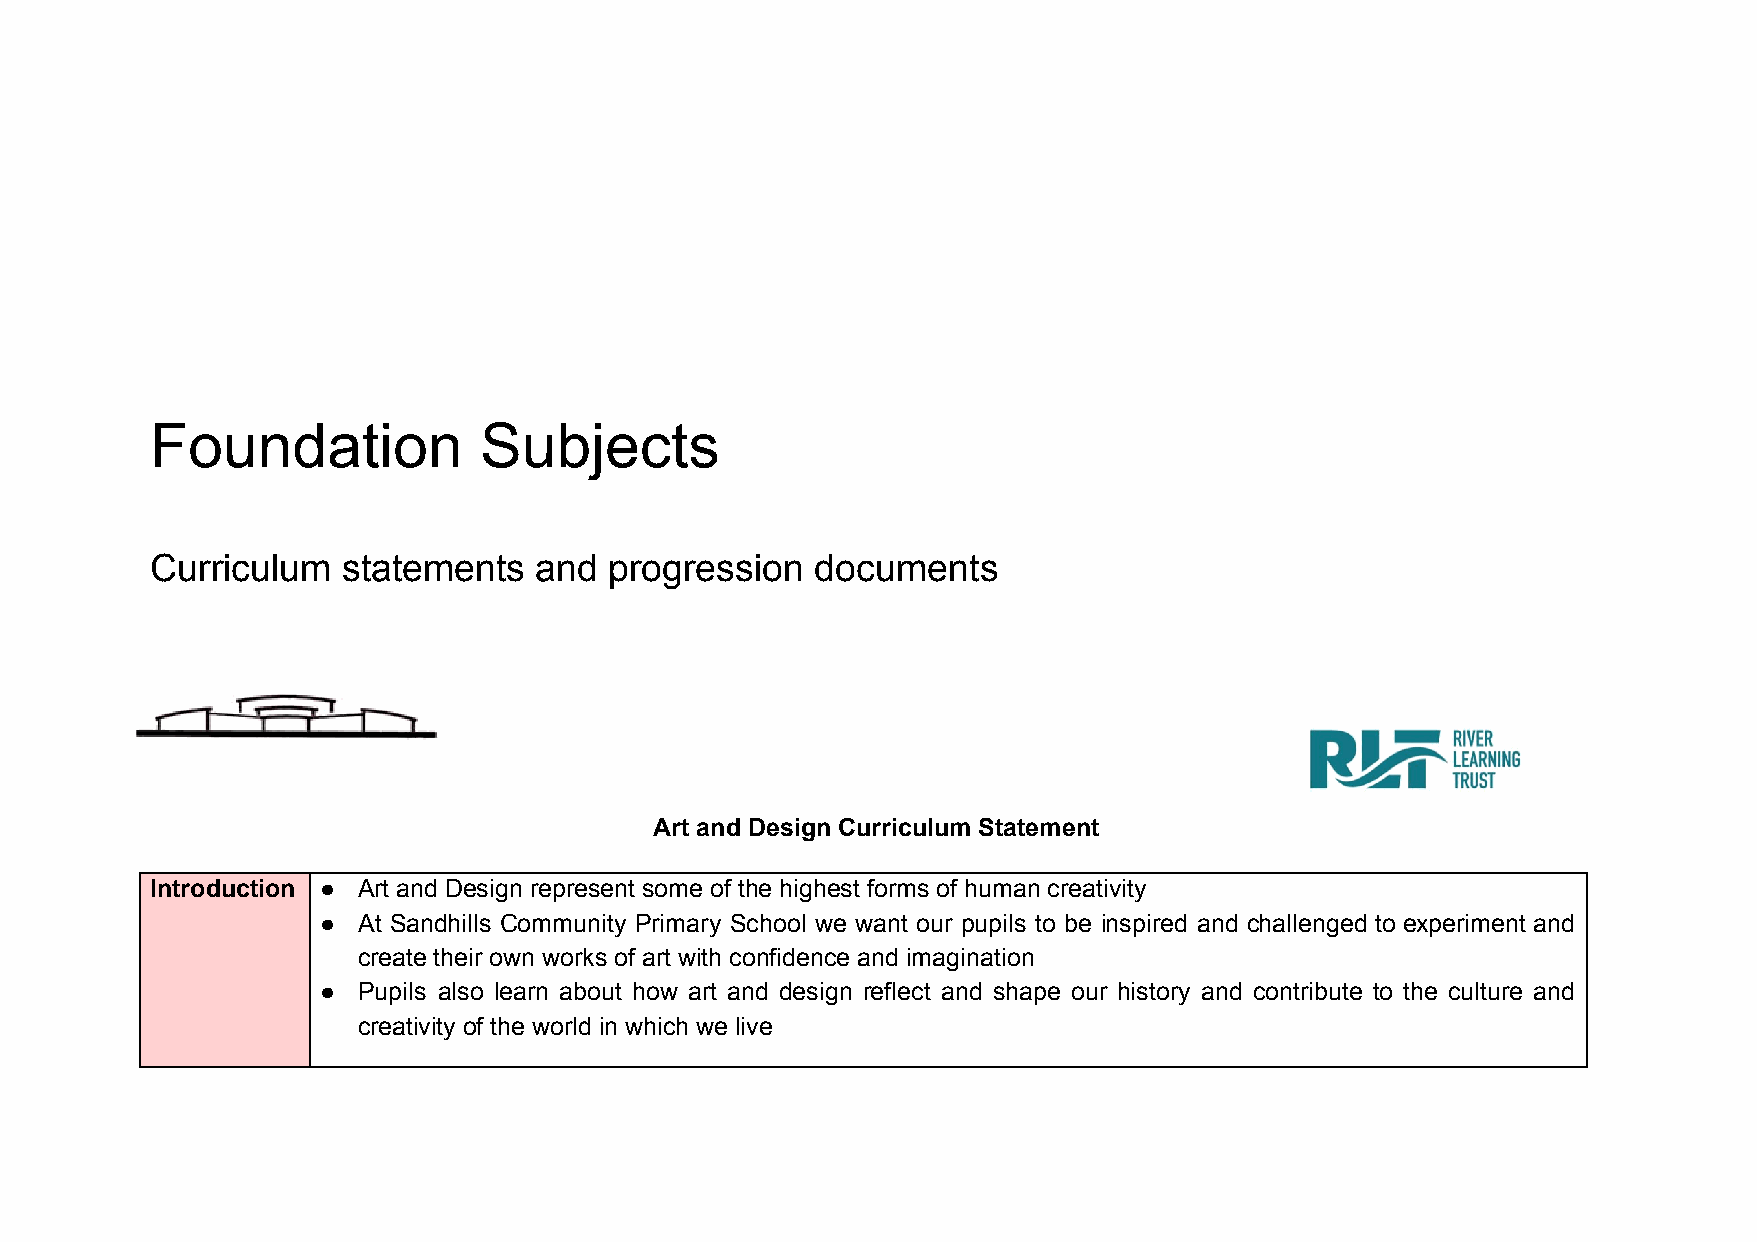
Foundation            Subjects
 Curriculum   statements  and  progression   documents
 Art and Design Curriculum Statement
 Introduction ● Art and Design represent some of the highest forms of human creativity
 ●  At Sandhills Community Primary School we want our pupils to be inspired and challenged to experiment and
 create their own works of art with confidence and imagination
 ●  Pupils also learn about how art and design reflect and shape our history and contribute to the culture and
 creativity of the world in which we live